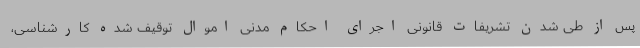
پس از طی شدن تشریفات قانونی اجرای احکام مدنی اموال توقیف شده کارشناسی،